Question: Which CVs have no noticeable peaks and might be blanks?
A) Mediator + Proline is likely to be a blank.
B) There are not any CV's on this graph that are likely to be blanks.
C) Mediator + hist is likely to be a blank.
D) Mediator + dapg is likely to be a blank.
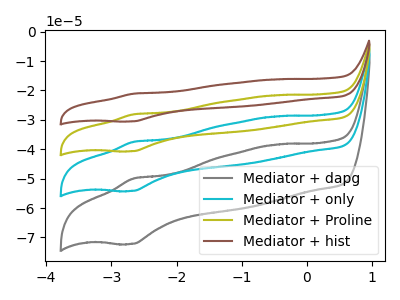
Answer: <think>The gray curve "Mediator + dapg" has an anodic peak at (-2.65V, -49.95uA) and a cathodic peak at (-2.70V, -72.20uA). The cyan curve "Mediator + only" has an anodic peak at (-2.65V, -37.50uA) and a cathodic peak at (-2.70V, -54.20uA). The olive curve "Mediator + Proline" has an anodic peak at (-2.65V, -74.95uA) and a cathodic peak at (-2.70V, -108.40uA). The brown curve "Mediator + hist" has an anodic peak at (-2.65V, -112.45uA) and a cathodic peak at (-2.70V, -162.60uA).</think>
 <answer>B) There are not any CV's on this graph that are likely to be blanks.</answer>
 <eval>B</eval>